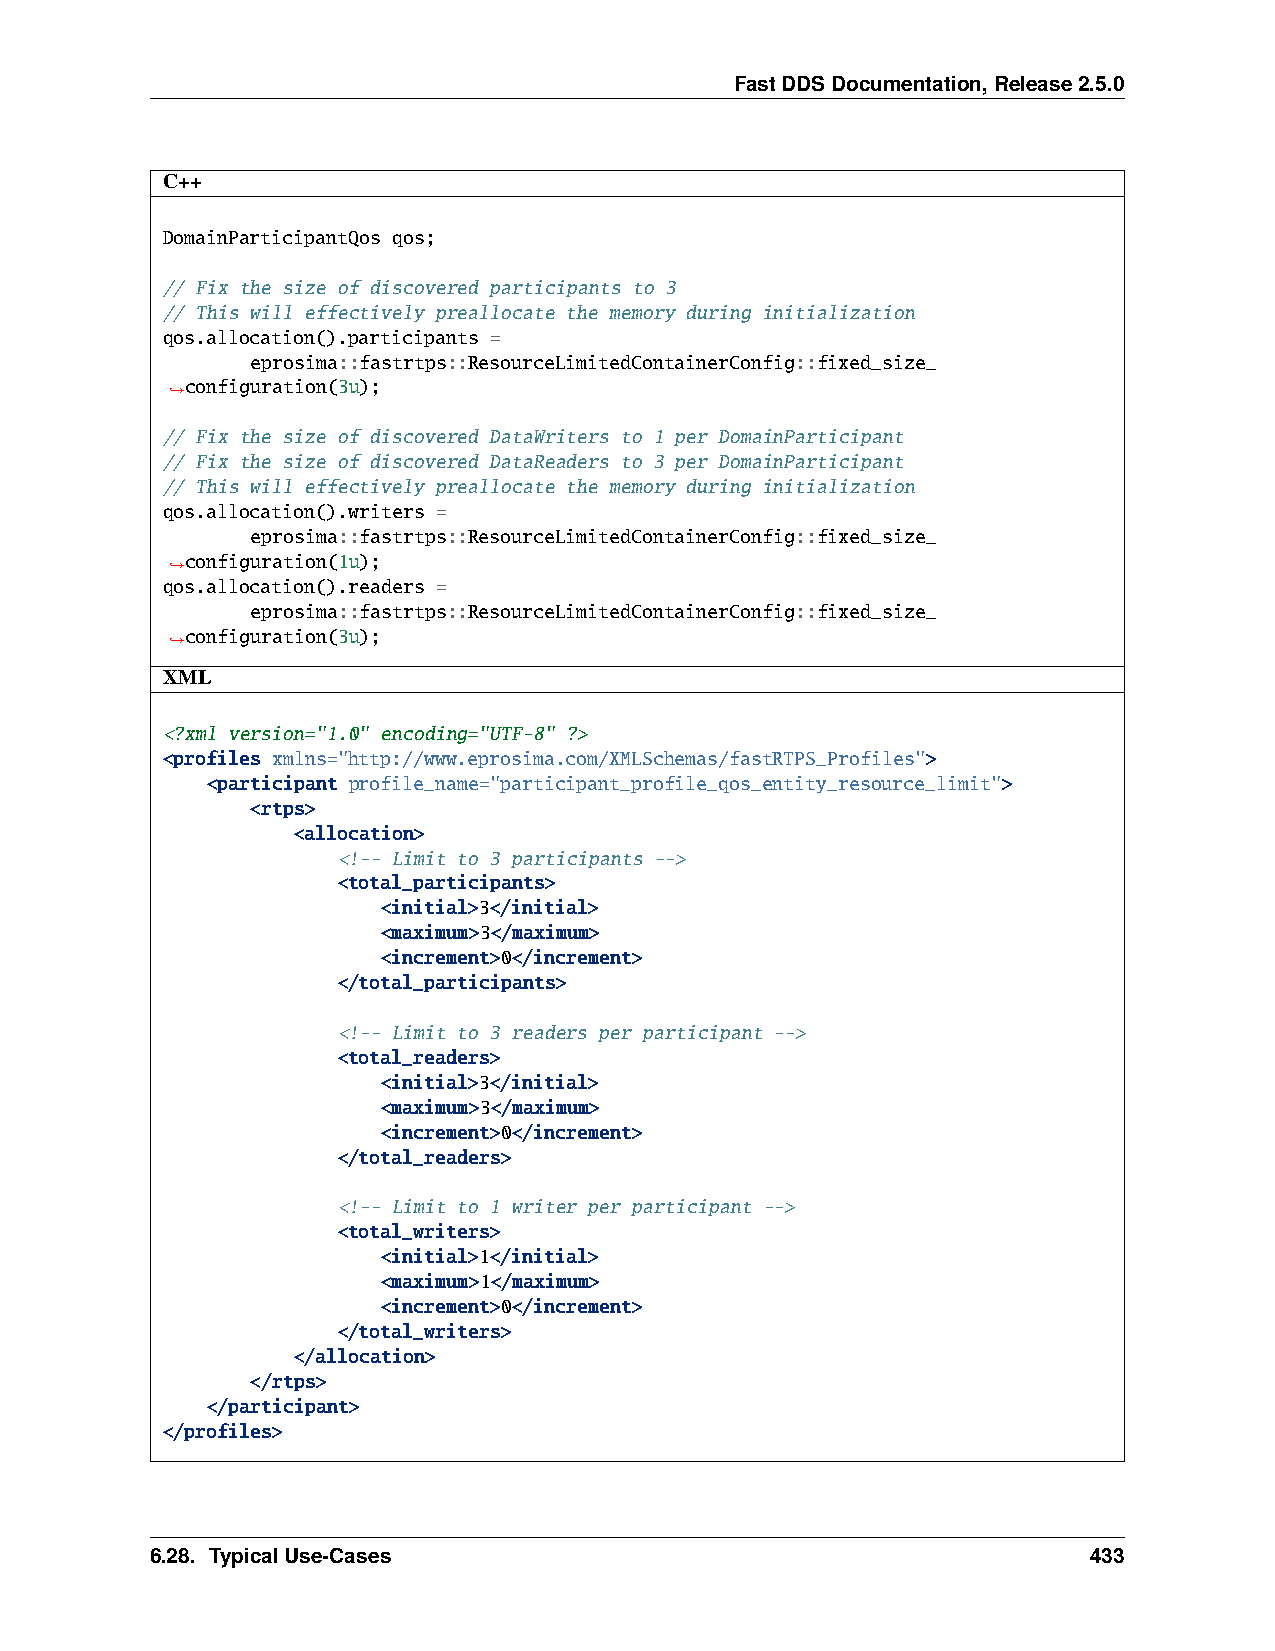
FastDDSDocumentation,Release2.5.0
 C++
 DomainParticipantQos qos;
 // Fix the size of discovered participants to 3
 // This will effectively preallocate the memory during initialization
 qos.allocation().participants =
 eprosima::fastrtps::ResourceLimitedContainerConfig::fixed_size_
 configuration(3u);
 ˓→
 // Fix the size of discovered DataWriters to 1 per DomainParticipant
 // Fix the size of discovered DataReaders to 3 per DomainParticipant
 // This will effectively preallocate the memory during initialization
 qos.allocation().writers =
 eprosima::fastrtps::ResourceLimitedContainerConfig::fixed_size_
 configuration(1u);
 ˓→
 qos.allocation().readers =
 eprosima::fastrtps::ResourceLimitedContainerConfig::fixed_size_
 configuration(3u);
 ˓→
 XML
 <?xml version="1.0" encoding="UTF-8" ?>
 <profiles xmlns="http://www.eprosima.com/XMLSchemas/fastRTPS_Profiles">
 <participant profile_name="participant_profile_qos_entity_resource_limit">
 <rtps>
 <allocation>
 <!-- Limit to 3 participants -->
 <total_participants>
 <initial>3</initial>
 <maximum>3</maximum>
 <increment>0</increment>
 </total_participants>
 <!-- Limit to 3 readers per participant -->
 <total_readers>
 <initial>3</initial>
 <maximum>3</maximum>
 <increment>0</increment>
 </total_readers>
 <!-- Limit to 1 writer per participant -->
 <total_writers>
 <initial>1</initial>
 <maximum>1</maximum>
 <increment>0</increment>
 </total_writers>
 </allocation>
 </rtps>
 </participant>
 </profiles>
 6.28. TypicalUse-Cases                                        433